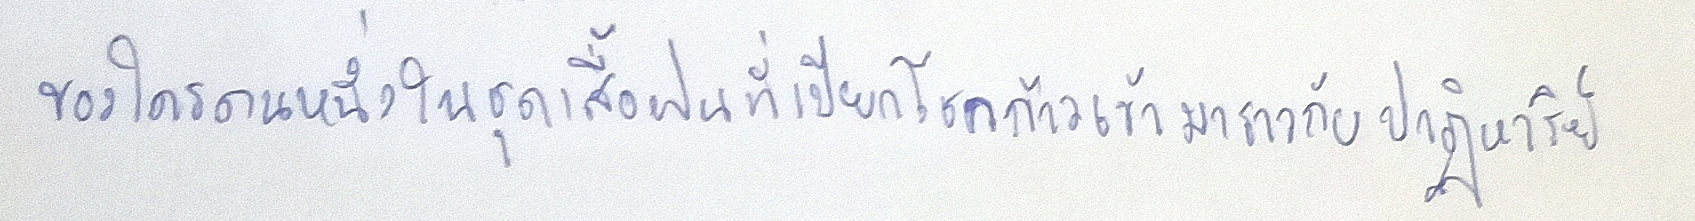
ของใครคนหนึ่งในชุดเสื้อฝนที่เปียกโชกก้าวเข้ามาราวกับปาฏิหาริย์